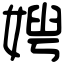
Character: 𡞲